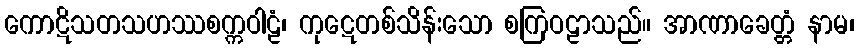
ကောဋိသတသဟဿစက္ကဝါဠံ၊ ကုဋေတစ်သိန်းသော စကြဝဠာသည်။ အာဏာခေတ္တံ နာမ၊